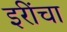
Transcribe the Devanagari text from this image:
इरींचा